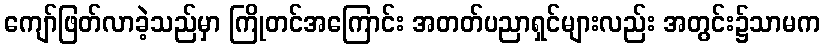
ကျော်ဖြတ်လာခဲ့သည်မှာ ကြိုတင်အကြောင်း အတတ်ပညာရှင်များလည်း အတွင်း၌သာမက